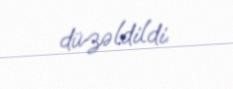
düzəldildi.